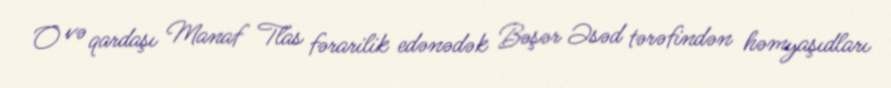
O və qardaşı Manaf Tlas fərarilik edənədək Bəşər Əsəd tərəfindən həmyaşıdları